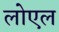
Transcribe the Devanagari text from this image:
लोएल